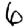
Digit: 6